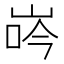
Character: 𡷧